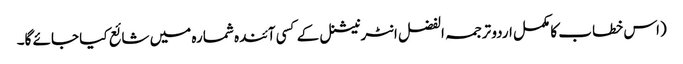
(اس خطاب کا مکمل اردو ترجمہ الفضل انٹرنیشنل کے کسی آئندہ شمارہ میں شائع کیا جائے گا۔